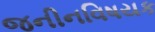
જનીનવિષયક